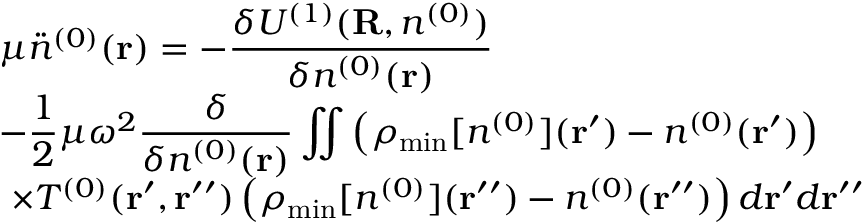
\begin{array} { l } { { \displaystyle \mu { \ddot { n } } ^ { ( 0 ) } ( { \bf r } ) = - \frac { \delta { \cal U } ^ { ( 1 ) } ( { \bf R } , n ^ { ( 0 ) } ) } { \delta n ^ { ( 0 ) } ( { \bf r } ) } } \ ~ } \\ { { \displaystyle - \frac { 1 } { 2 } \mu \omega ^ { 2 } \frac { \delta } { \delta n ^ { ( 0 ) } ( { \bf r } ) } \iint \left( \rho _ { \mathrm { m i n } } [ n ^ { ( 0 ) } ] ( { \bf r ^ { \prime } } ) - n ^ { ( 0 ) } ( { \bf r ^ { \prime } } ) \right) } \ ~ } \\ { { \displaystyle ~ \times T ^ { ( 0 ) } ( { \bf r ^ { \prime } , r ^ { \prime \prime } } ) \left( \rho _ { \mathrm { m i n } } [ n ^ { ( 0 ) } ] ( { \bf r ^ { \prime \prime } } ) - n ^ { ( 0 ) } ( { \bf r ^ { \prime \prime } } ) \right) d { \bf r ^ { \prime } } d { \bf r ^ { \prime \prime } } } } \end{array}